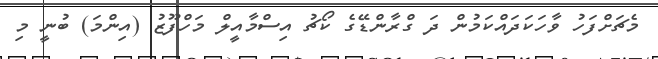
މެޗަށްފަހު ވާހަކަދައްކަމުން ދަ ގްރާންޑޭގެ ކޯޗު އިސްމާއީލް މަހްފޫޒު (އިންމަ) ބުނީ މި